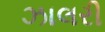
ઝાલરી